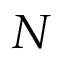
N